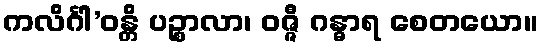
ကလိင်္ဂါ’ဝန္တိ ပဉ္စာလာ၊ ဝဇ္ဇီ ဂန္ဓာရ စေတယော။